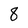
Character: 8